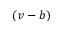
( v - b )